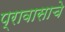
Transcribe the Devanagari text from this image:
प्रावासाचे